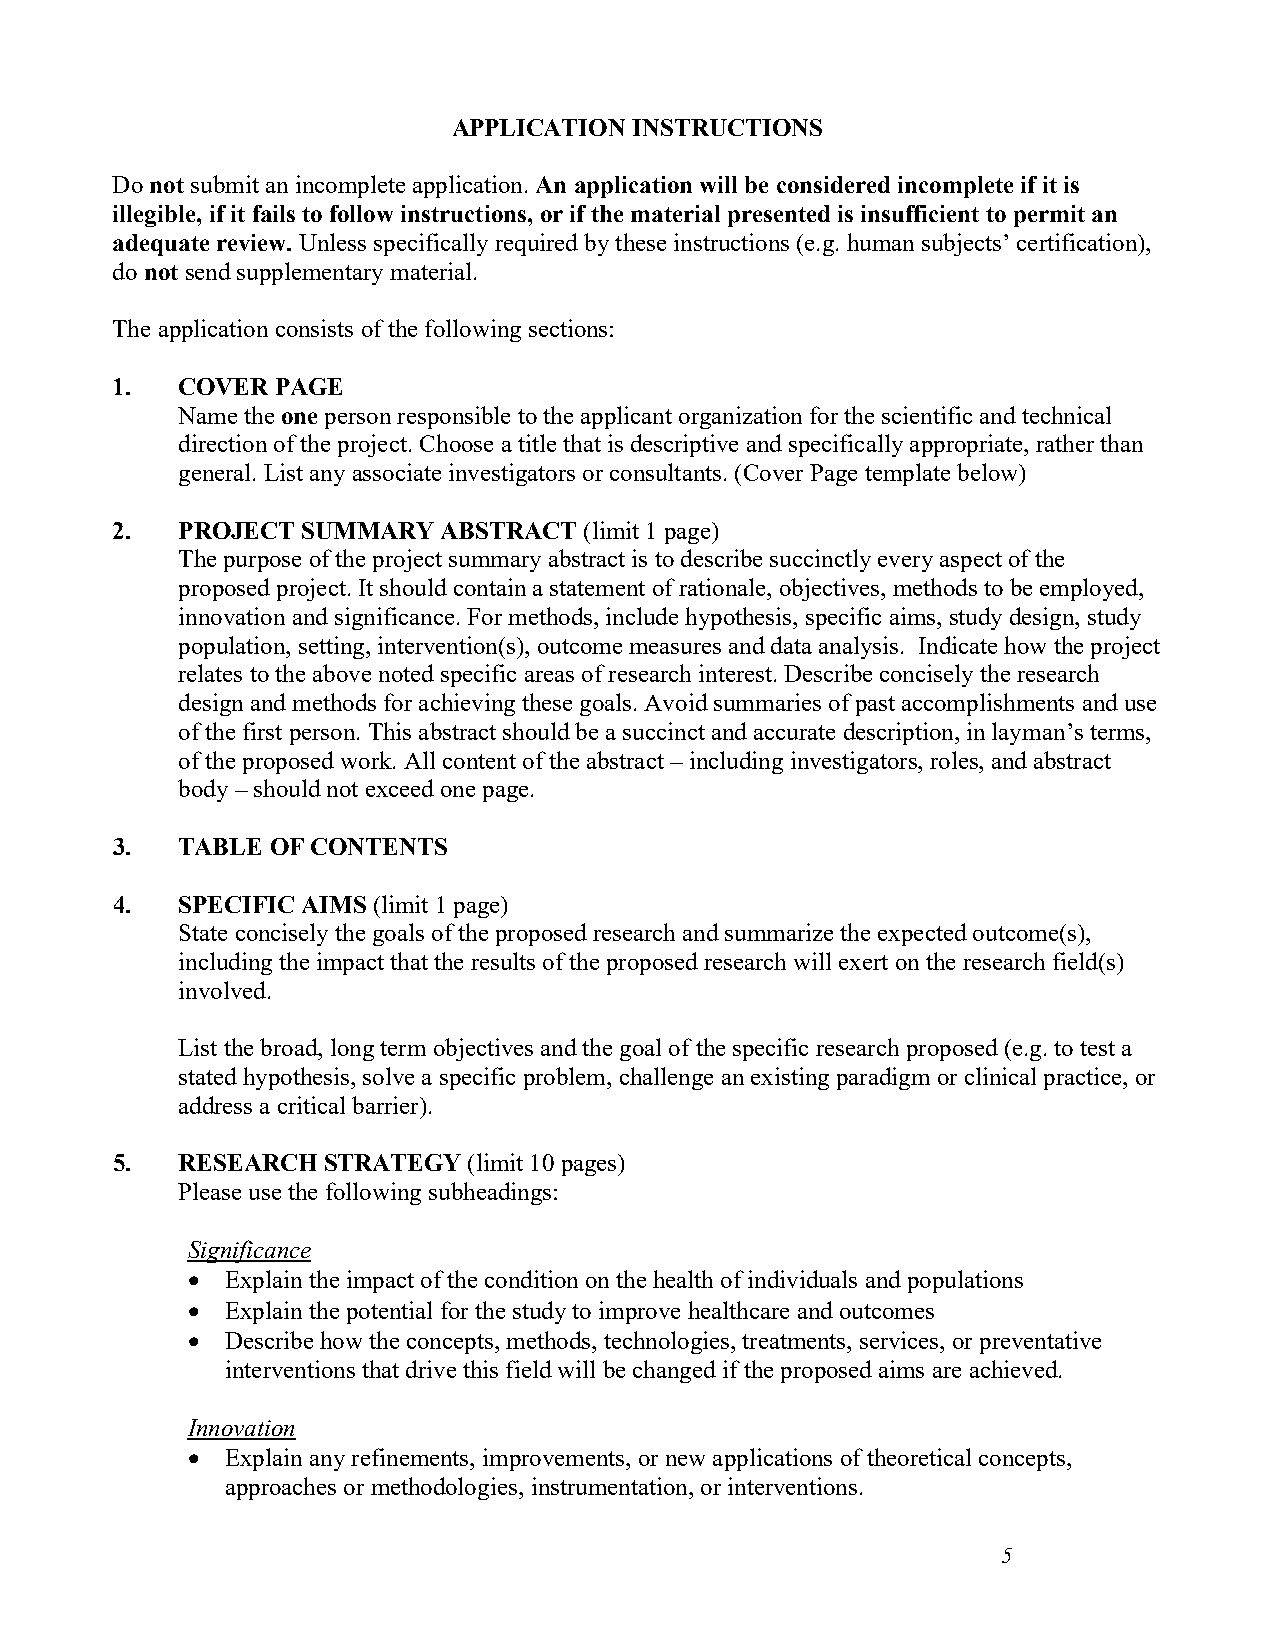
APPLICATION INSTRUCTIONS
 Do not submit an incomplete application. An application will be considered incomplete if it is
 illegible, if it fails to follow instructions, or if the material presented is insufficient to permit an
 adequate review. Unless specifically required by these instructions (e.g. human subjects’ certification),
 do not send supplementary material.
 The application consists of the following sections:
 1.   COVER PAGE
 Name the one person responsible to the applicant organization for the scientific and technical
 direction of the project. Choose a title that is descriptive and specifically appropriate, rather than
 general. List any associate investigators or consultants. (Cover Page template below)
 2.   PROJECT SUMMARY  ABSTRACT  (limit 1 page)
 The purpose of the project summary abstract is to describe succinctly every aspect of the
 proposed project. It should contain a statement of rationale, objectives, methods to be employed,
 innovation and significance. For methods, include hypothesis, specific aims, study design, study
 population, setting, intervention(s), outcome measures and data analysis. Indicate how the project
 relates to the above noted specific areas of research interest. Describe concisely the research
 design and methods for achieving these goals. Avoid summaries of past accomplishments and use
 of the first person. This abstract should be a succinct and accurate description, in layman’s terms,
 of the proposed work. All content of the abstract – including investigators, roles, and abstract
 body – should not exceed one page.
 3.   TABLE OF CONTENTS
 4.   SPECIFIC AIMS (limit 1 page)
 State concisely the goals of the proposed research and summarize the expected outcome(s),
 including the impact that the results of the proposed research will exert on the research field(s)
 involved.
 List the broad, long term objectives and the goal of the specific research proposed (e.g. to test a
 stated hypothesis, solve a specific problem, challenge an existing paradigm or clinical practice, or
 address a critical barrier).
 5.   RESEARCH STRATEGY  (limit 10 pages)
 Please use the following subheadings:
 Significance
 •  Explain the impact of the condition on the health of individuals and populations
 •  Explain the potential for the study to improve healthcare and outcomes
 •  Describe how the concepts, methods, technologies, treatments, services, or preventative
 interventions that drive this field will be changed if the proposed aims are achieved.
 Innovation
 •  Explain any refinements, improvements, or new applications of theoretical concepts,
 approaches or methodologies, instrumentation, or interventions.
 5